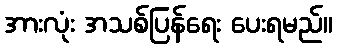
အားလုံး အသစ်ပြန်ရေး ပေးရမည်။